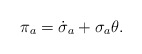
\begin{align*}\pi_a = \dot \sigma_a + \sigma_a\theta.\end{align*}